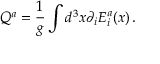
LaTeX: Q ^ { a } = \frac 1 { g } \int d ^ { 3 } x \partial _ { i } E _ { i } ^ { a } ( x ) \, .